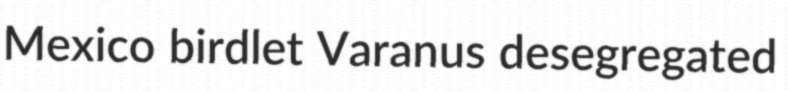
Mexico birdlet Varanus desegregated